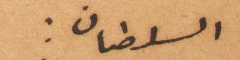
السلطان: